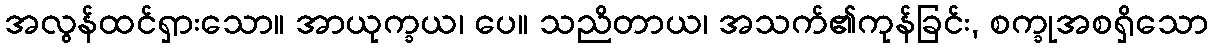
အလွန်ထင်ရှားသော။ အာယုက္ခယ၊ ပေ။ သညိတာယ၊ အသက်၏ကုန်ခြင်း, စက္ခုအစရှိသော